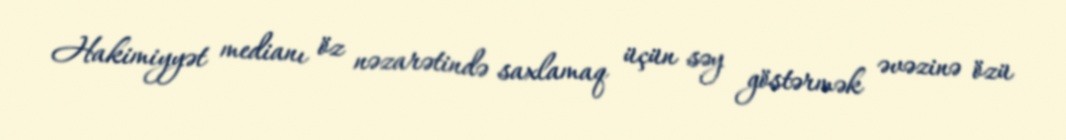
Hakimiyyət medianı öz nəzarətində saxlamaq üçün səy göstərmək əvəzinə özü